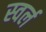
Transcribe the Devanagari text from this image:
स्वर्ल